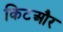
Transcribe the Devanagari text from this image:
किटऔर